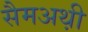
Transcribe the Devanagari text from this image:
सैमअथ़ी